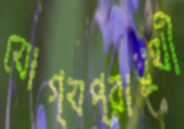
যোগ্যপ্রার্থী